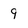
Character: 9